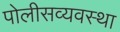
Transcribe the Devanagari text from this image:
पोलीसव्यवस्था